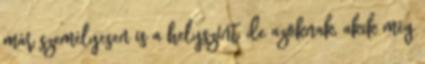
már személyesen is a helyszínt, de azoknak, akik még